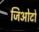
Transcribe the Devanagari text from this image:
जिओटो